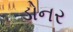
ડોનર